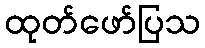
ထုတ်ဖော်ပြသ